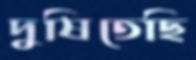
দুষিতেছি